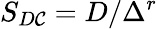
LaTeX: S_{D\mathcal{C}}=D/\Delta^{r}